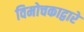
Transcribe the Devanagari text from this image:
विमोचकाद्वारे